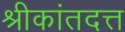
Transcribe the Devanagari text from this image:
श्रीकांतदत्त